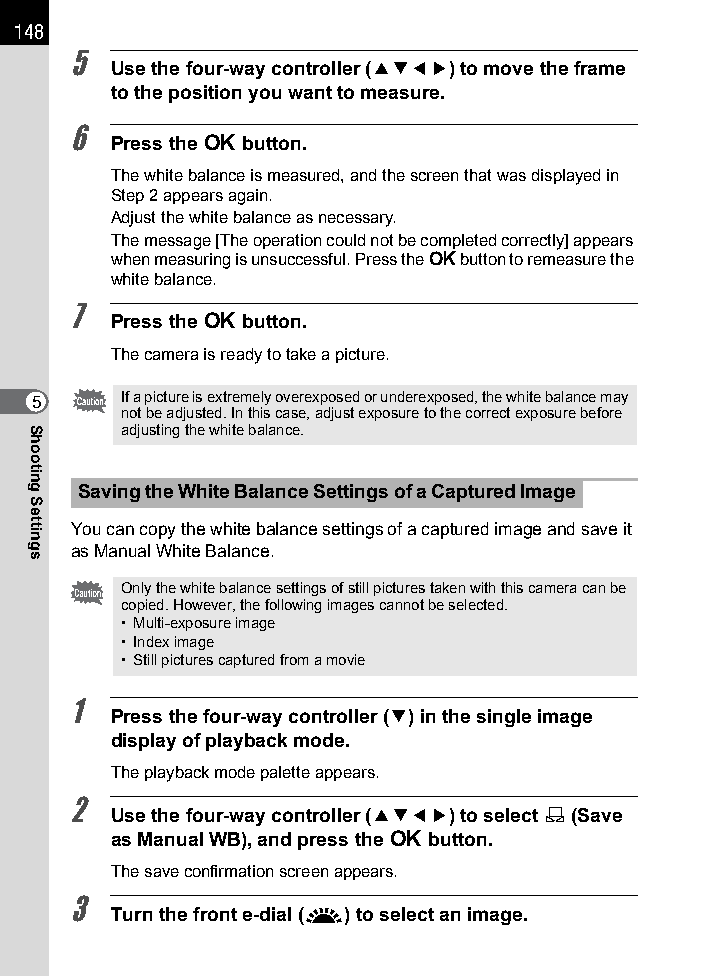
148
 5
 Use the four-way controller (2345) to move the frame
 to the position you want to measure.
 6
 Press the 4 button.
 The white balance is measured, and the screen that was displayed in
 Step 2 appears again.
 Adjust the white balance as necessary.
 The message [The operation could not be completed correctly] appears
 when measuring is unsuccessful. Press the 4 button to remeasure the
 white balance.
 7
 Press the 4 button.
 The camera is ready to take a picture.
 5     If a picture is extremely overexposed or underexposed, the white balance may
 not be adjusted. In this case, adjust exposure to the correct exposure before
 adjusting the white balance.
 Saving the White Balance Settings of a Captured Image
 You can copy the white balance settings of a captured image and save it
 as Manual White Balance.
 Only the white balance settings of still pictures taken with this camera can be
 copied. However, the following images cannot be selected.
 • Multi-exposure image
 • Index image
 • Still pictures captured from a movie
 1
 Press the four-way controller (3) in the single image
 display of playback mode.
 The playback mode palette appears.
 2
 Use the four-way controller (2345) to select K (Save
 as Manual WB), and press the 4 button.
 The save confirmation screen appears.
 3
 Turn the front e-dial (R) to select an image.
 Shooting
 Settings